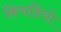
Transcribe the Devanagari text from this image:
किचडियो